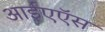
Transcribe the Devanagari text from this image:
आईएऍस